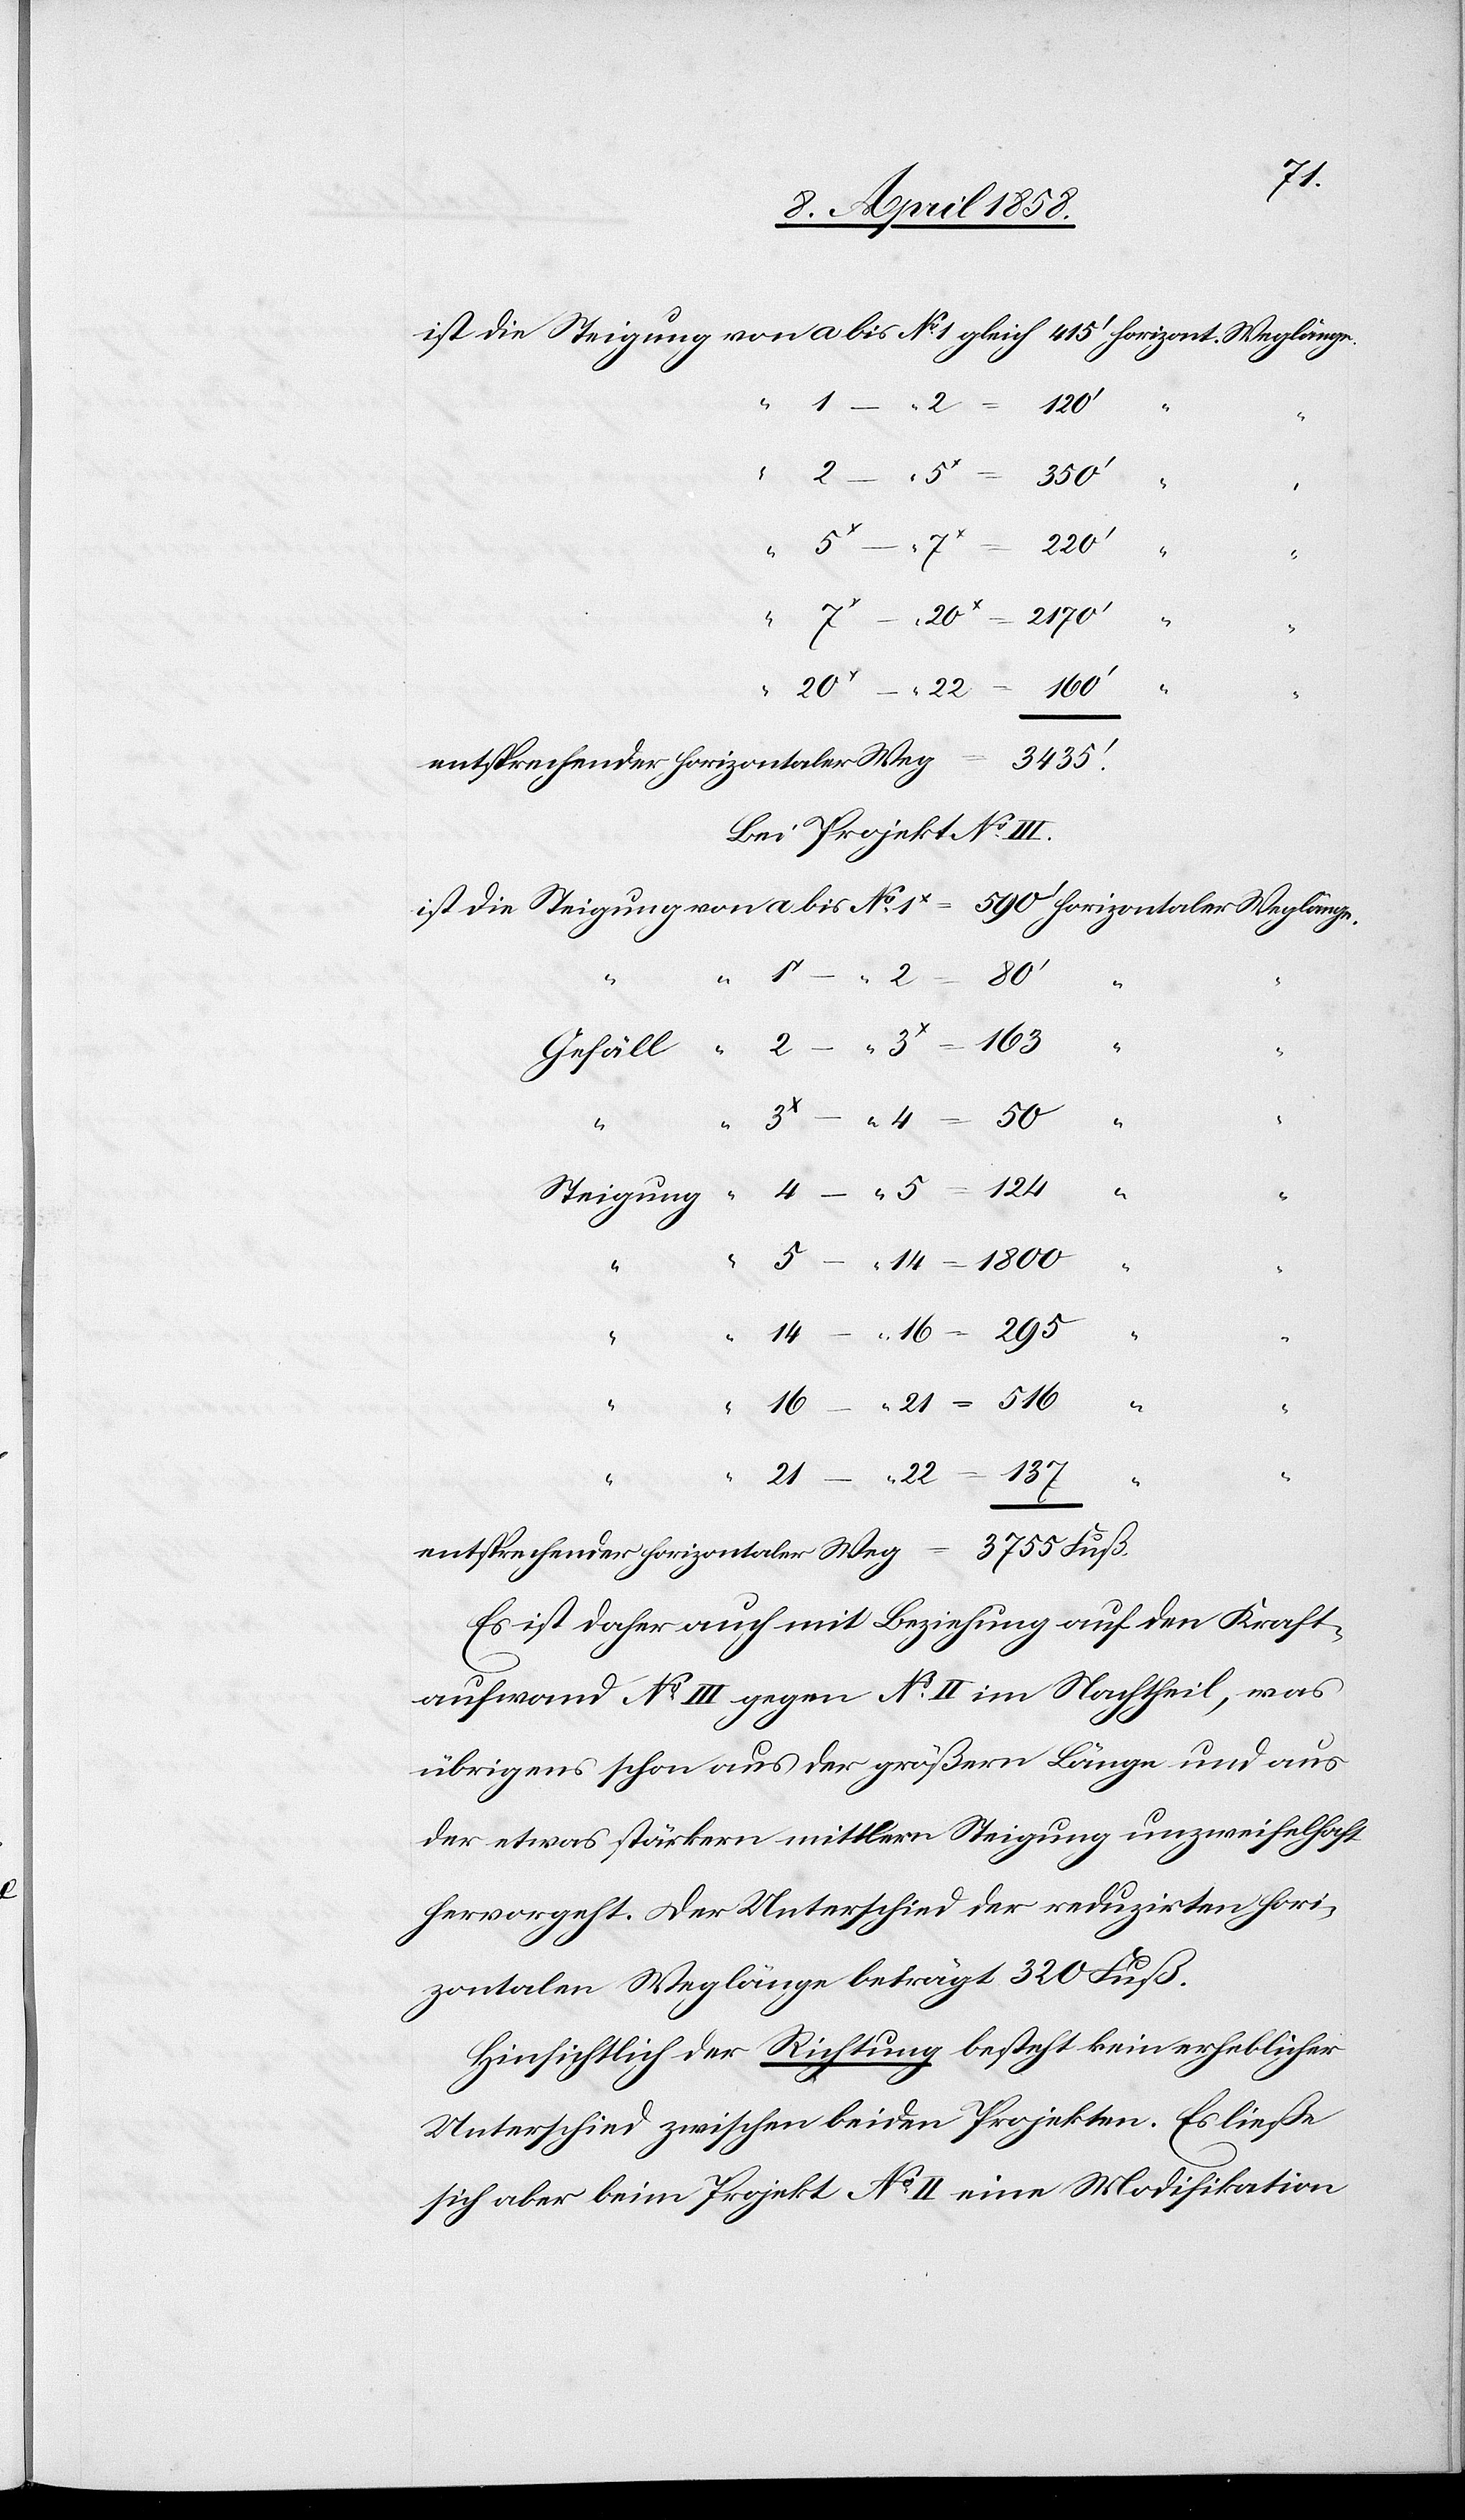
“
1800
“
Fuß.
590’
entsprechender horizontaler Weg
3755
Bei Projekt No III.
1x
“
“
Gefäll
St¬
–
eigung
Es ist daher auch mit Beziehung auf den Kraft¬
aufwand No III gegen No II im Nachtheil, was
übrigens schon aus der größern Länge und aus
der etwas stärkern mittlern Steigung unzweifelhaft
hervorgeht. Der Unterschied der reduzirten hori¬
zontalen Weglänge beträgt 320 Fuß.
Hinsichtlich der Richtung besteht kein erheblicher
Unterschied zwischen beiden Projekten. Es ließe
sich aber beim Projekt No II eine Modifikation